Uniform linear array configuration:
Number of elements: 4
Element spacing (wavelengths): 0.5
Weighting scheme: hamming
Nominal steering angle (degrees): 60
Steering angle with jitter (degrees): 59.786
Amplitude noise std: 0.05
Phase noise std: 0.05

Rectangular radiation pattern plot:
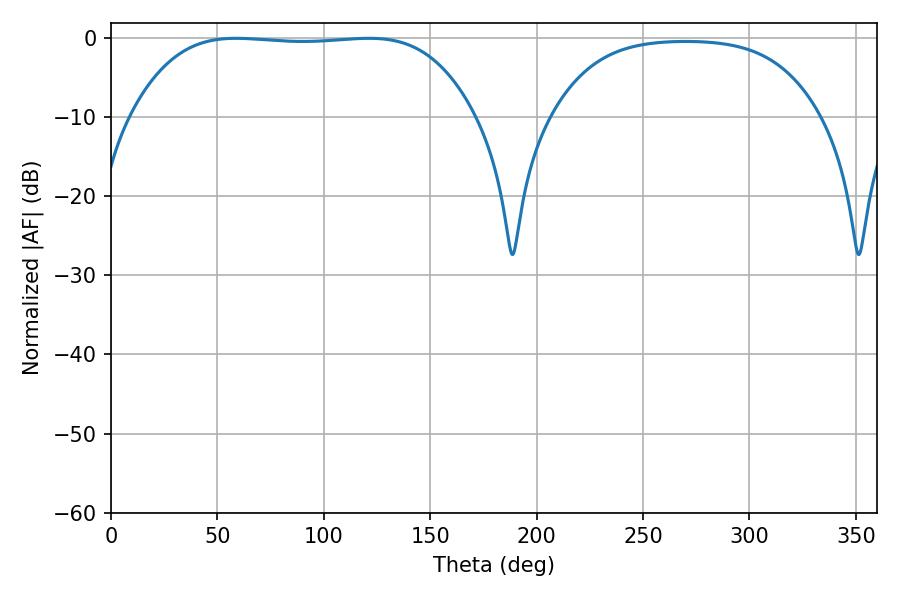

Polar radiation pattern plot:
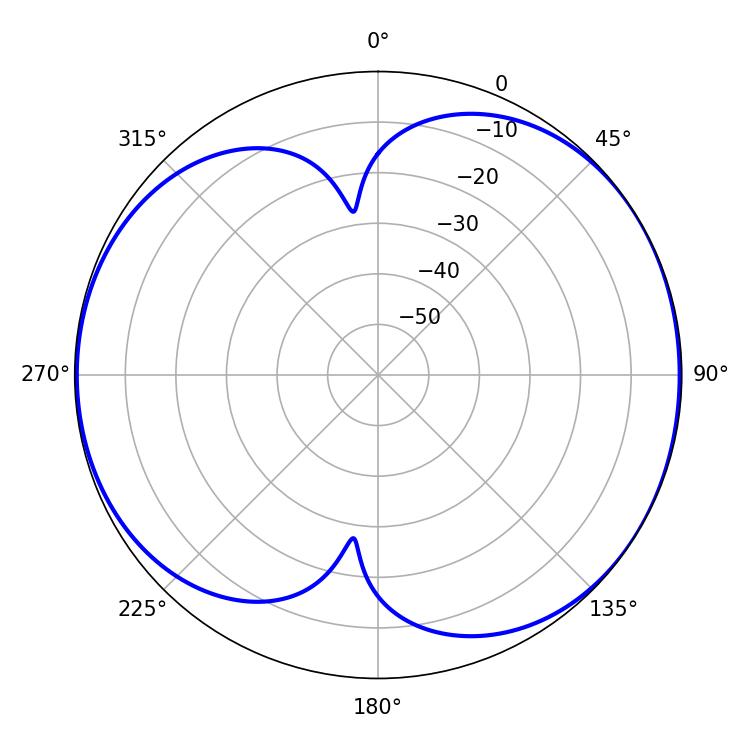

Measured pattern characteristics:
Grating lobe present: FALSE
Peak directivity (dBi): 6.137
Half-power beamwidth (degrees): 125.64
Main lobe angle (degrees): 58.68